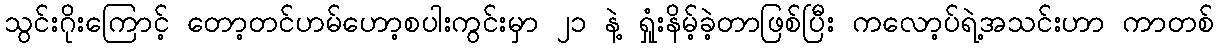
သွင်းဂိုးကြောင့် တော့တင်ဟမ်ဟော့စပါးကွင်းမှာ ၂၁ နဲ့ ရှုံးနိမ့်ခဲ့တာဖြစ်ပြီး ကလော့ပ်ရဲ့အသင်းဟာ ကာတစ်